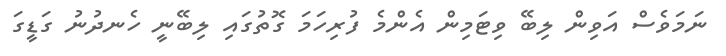
ނަމަވެސް އަވިން ލިބޭ ވިޓަމިން އެންމެ ފުރިހަމަ ގޮތުގައި ލިބޭނީ ހެނދުނު ގަޑީގަ